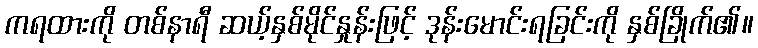
ကရထားကို တစ်နာရီ ဆယ့်နှစ်မိုင်နှုန်းဖြင့် ဒုန်းမောင်းရခြင်းကို နှစ်ခြိုက်၏။